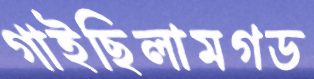
গাইছিলামগড